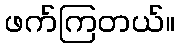
ဖက်ကြတယ်။